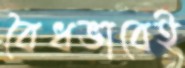
বৈধভাবেই